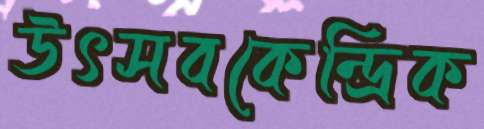
উৎসবকেন্দ্রিক